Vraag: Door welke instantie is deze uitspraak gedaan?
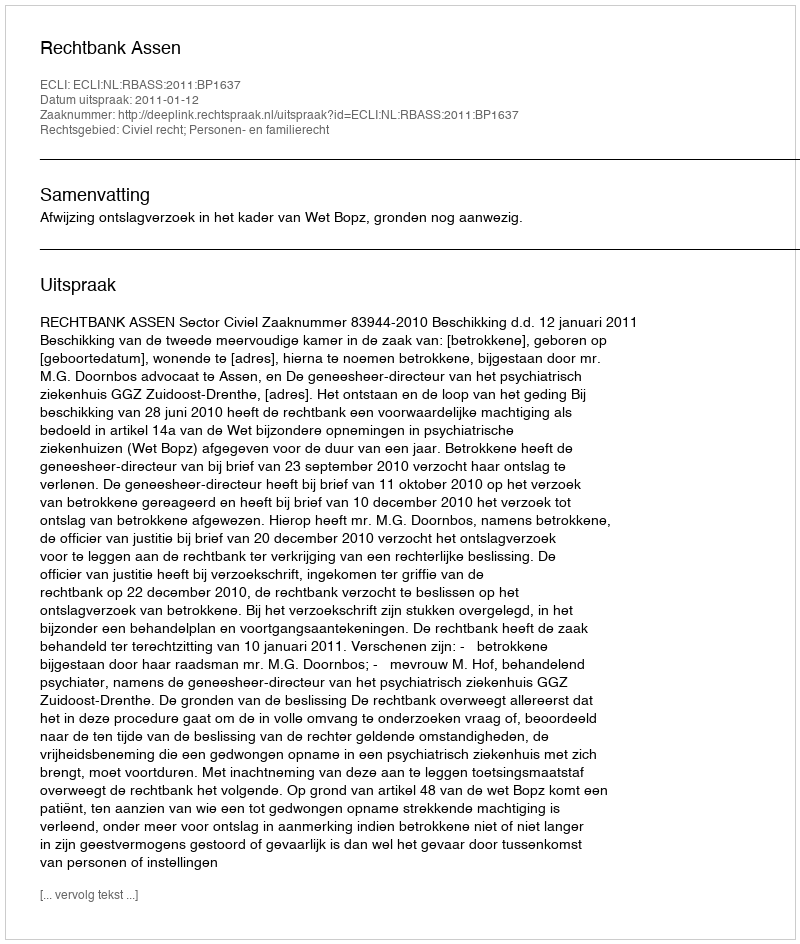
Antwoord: Rechtbank Assen